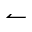
\leftharpoonup